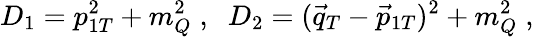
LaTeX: D_{1}=p_{1T}^{2}+m_{Q}^{2}\; ,\; \; D_{2}=(\vec{q}_{T}-\vec{p}_{1T})^{2}+m_{Q}^{2}\; ,